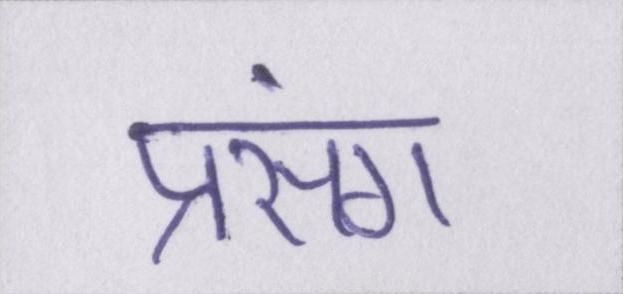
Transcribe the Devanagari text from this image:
प्रसंग